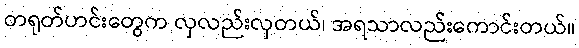
တရုတ်ဟင်းတွေက လှလည်းလှတယ်၊ အရသာလည်းကောင်းတယ်။